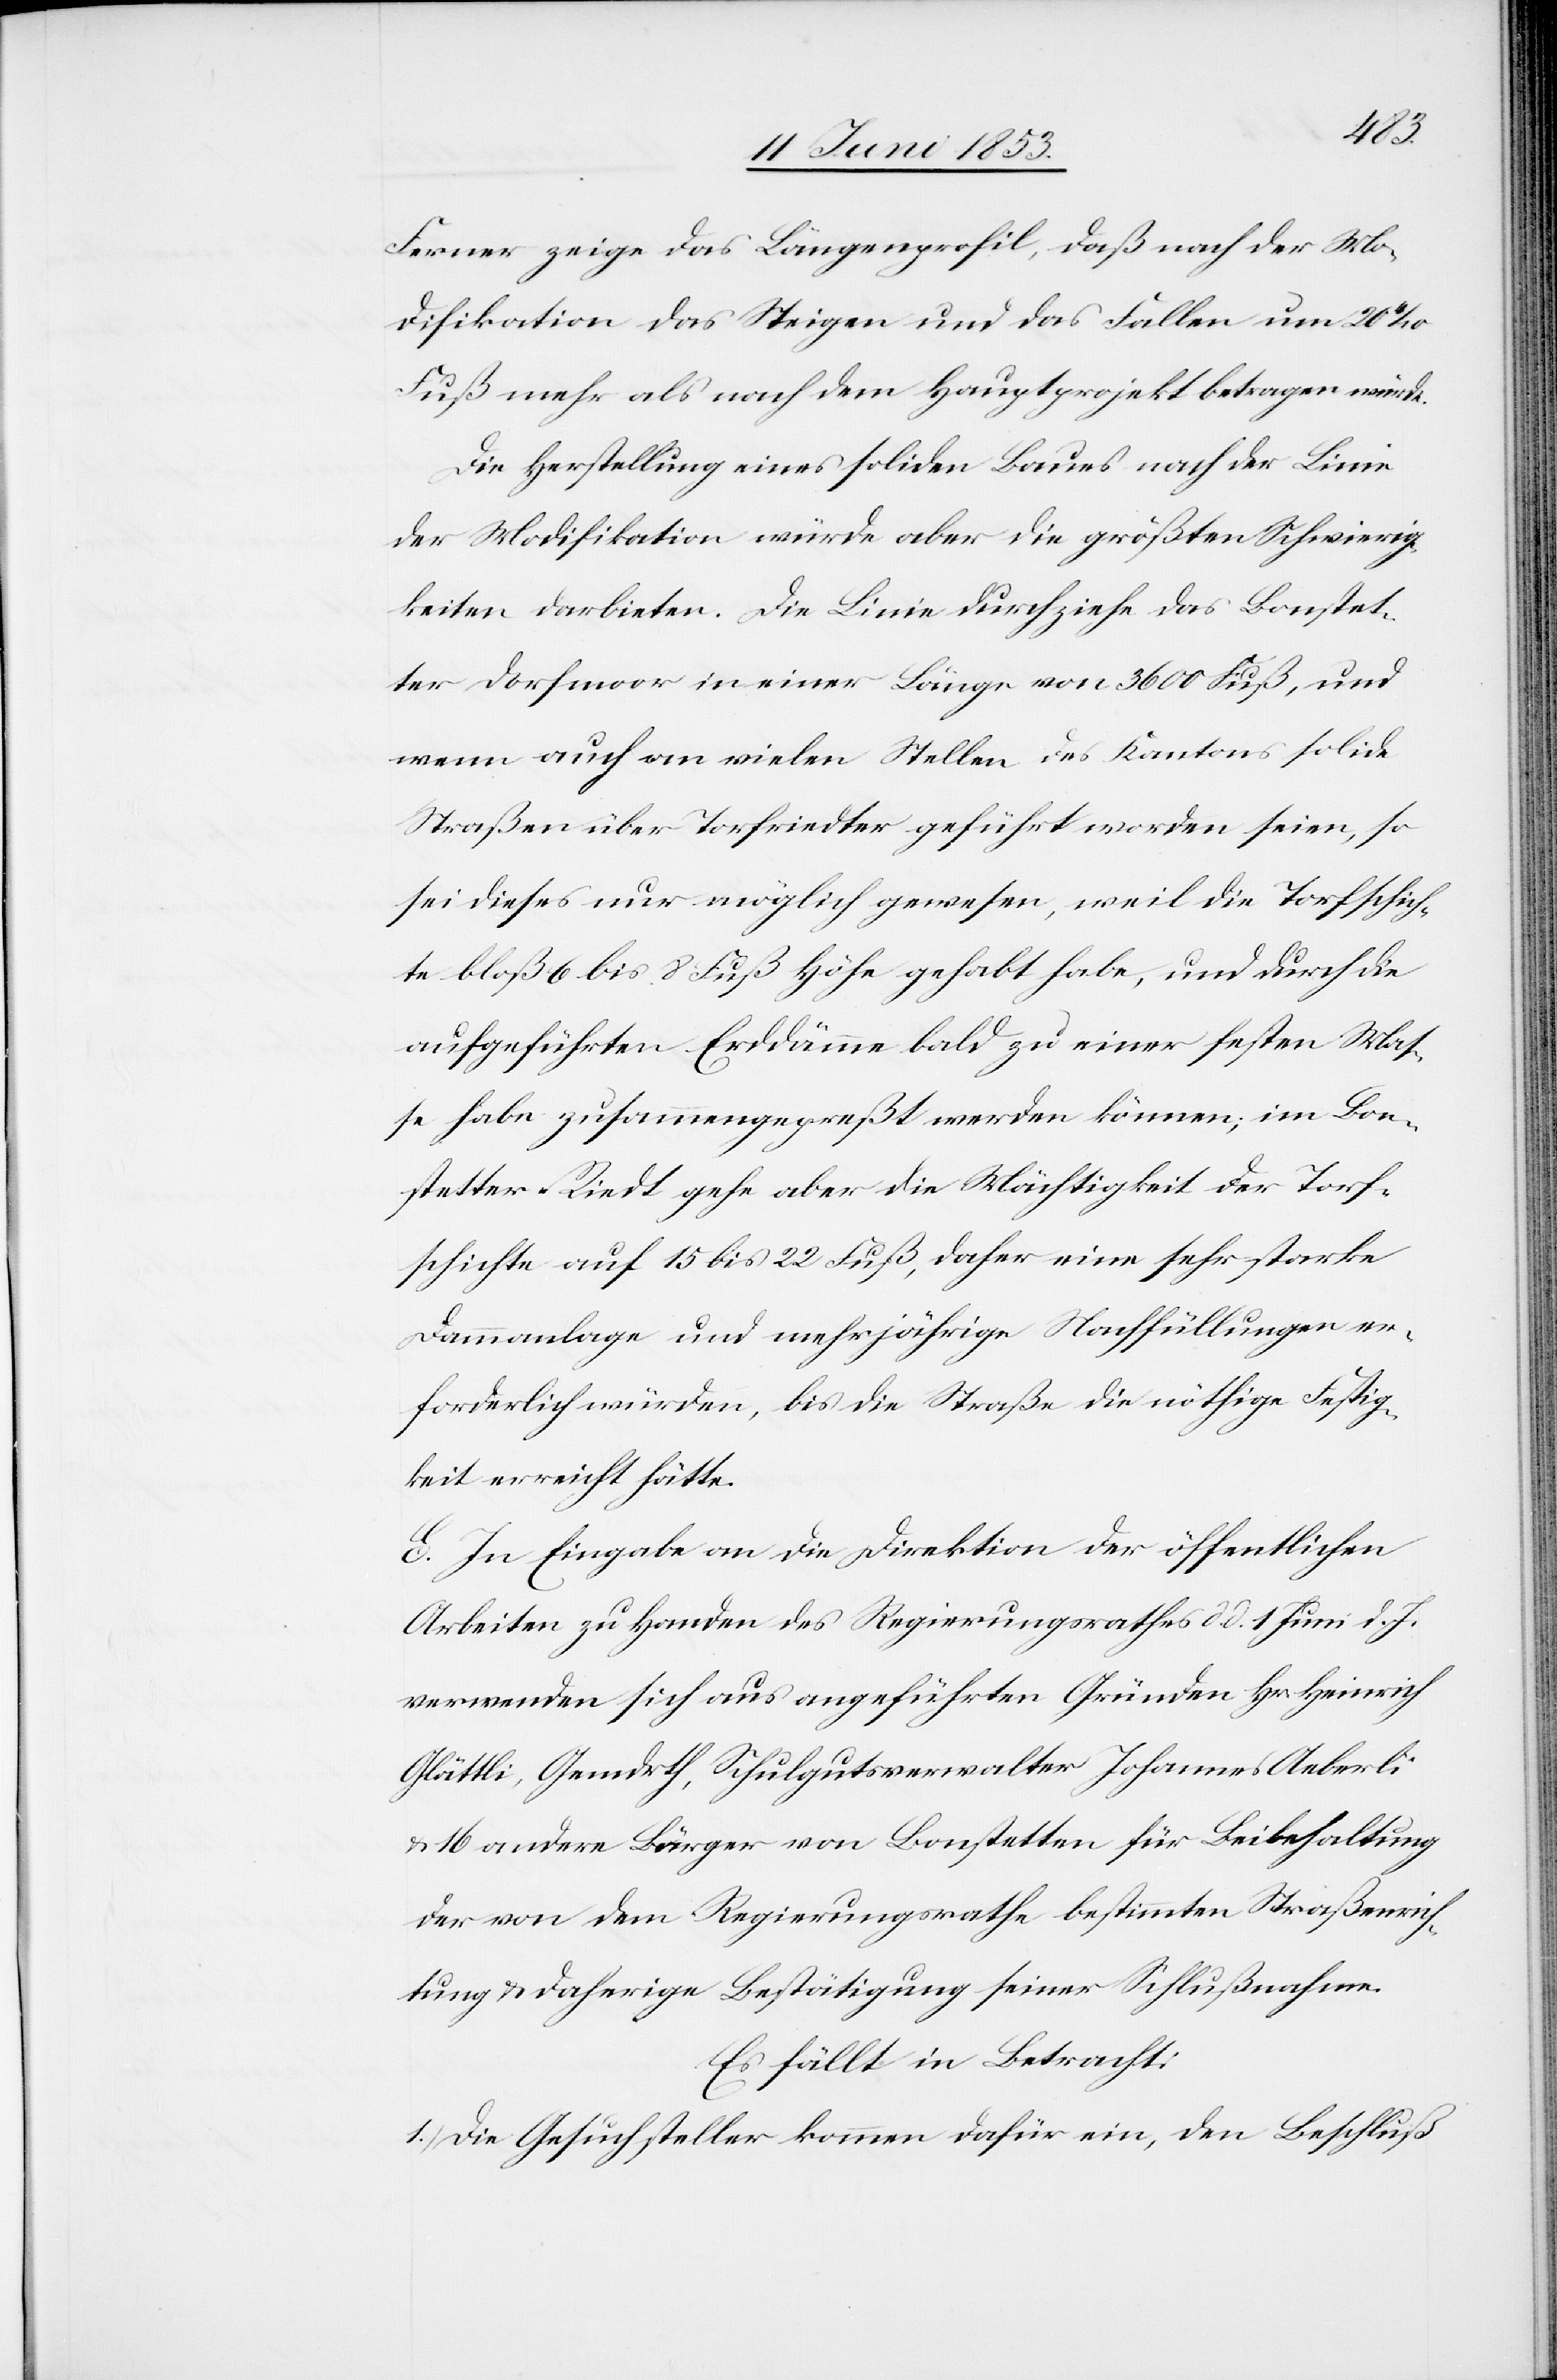
Ferner zeige das Längenprofil, daß nach der Mo¬
difikation das Steigen und das Fallen um 20
Fuß mehr als nach dem Hauptprojekt betragen würde.
Die Herstellung eines soliden Baues nach der Linie
der Modifikation würde aber die größten Schwierig¬
keiten darbieten. Die Linie durchziehe das Bonstet¬
ter Dorfmoor in einer Länge von 3600 Fuß, und
wenn auch an vielen Stellen des Kantons solide
Straßen über Torfriedter geführt worden seien, so
sei dieses nur möglich gewesen, weil die Torfschich¬
te bloß 6 bis 8 Fuß Höhe gehabt habe, und durch die
aufgeführten Erddämme bald zu einer festen Mas¬
se habe zusammengefaßt werden können; im Bon¬
stetter Riedt gehe aber die Mächtigkeit der Torf¬
schichte auf 15 bis 22 Fuß, daher eine sehr starke
Dammanlage und mehrjährige Nachfüllungen er¬
forderlich würden, bis die Straße die nöthige Festig¬
keit erreicht hätte.
E. In Eingabe an die Direktion der öffentlichen
Arbeiten zu Handen des Regierungsrathes d. d. 1. Juni d. J.
verwenden sich aus angeführten Gründen Hrn. Heinrich
Glättli, Gemdrth, Schulgutsverwalter Johannes Aeberli
u. 16 andere Bürger von Bonstetten für Beibehaltung
der von dem Regierungsrathe bestimmten Straßenrich¬
tung u. daherige Bestätigung seiner Schlußnahme.
Es fällt in Betracht:
1) Die Gesuchsteller kommen dafür ein, den Beschluß